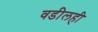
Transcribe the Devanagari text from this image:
वडीलही